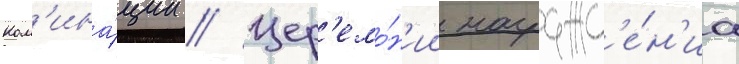
Ном'ина́ции // Цер'емо́н'ии награжд'е́н'иа